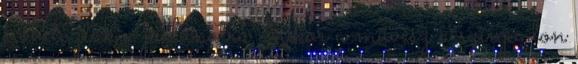
s áhítoztak a pillanatra, mikor a művész a színpadon